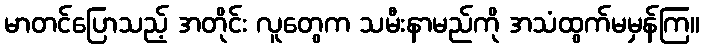
မာတင်ပြောသည့် အတိုင်း လူတွေက သမီးနာမည်ကို အသံထွက်မမှန်ကြ။